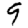
Digit: 9